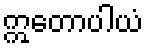
ဣတောပါယံ